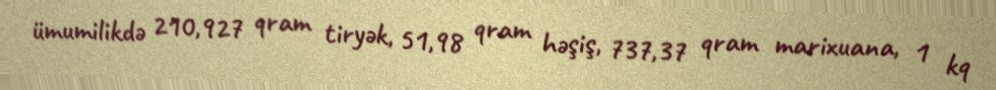
ümumilikdə 210,927 qram tiryək, 51,98 qram həşiş, 737,37 qram marixuana, 1 kq